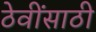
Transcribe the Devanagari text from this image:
ठेवींसाठी